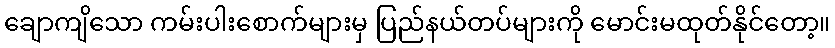
ချောကျိသော ကမ်းပါးစောက်များမှ ပြည်နယ်တပ်များကို မောင်းမထုတ်နိုင်တော့။